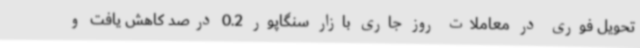
تحویل فوری در معاملات روز جاری بازار سنگاپور 0.2 درصد کاهش یافت و